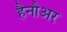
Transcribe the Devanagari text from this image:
हैनौअर